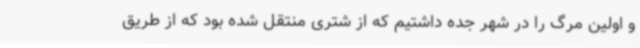
و اولین مرگ را در شهر جده داشتیم که از شتری منتقل شده بود که از طریق